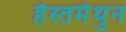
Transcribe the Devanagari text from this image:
हैस्तमैथुन